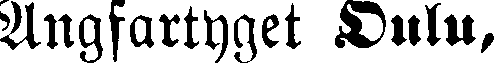
Ångfartyget Oulu,